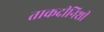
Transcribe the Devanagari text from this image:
ताकदीनिशी